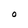
Character: O